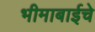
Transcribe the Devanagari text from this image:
भीमाबाईचे